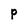
Character: p